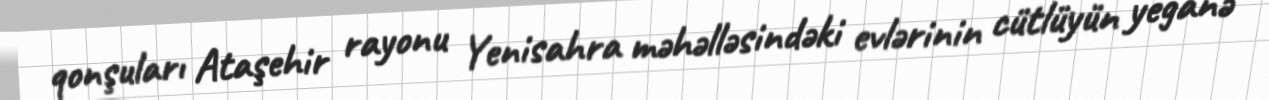
qonşuları Ataşehir rayonu Yenisahra məhəlləsindəki evlərinin cütlüyün yeganə